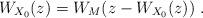
LaTeX: \begin{align*}W_{X_0}(z)=W_M(z-W_{X_0}(z))\ .\end{align*}